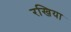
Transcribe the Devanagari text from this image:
रखिया